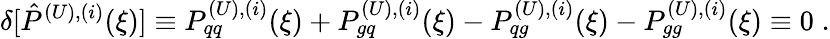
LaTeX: \delta[\hat{P}^{(U),(i)}(\xi)]\equiv P_{qq}^{(U),(i)}(\xi)+P_{gq}^{(U),(i)}(\xi)-P_{qg}^{(U),(i)}(\xi)-P_{gg}^{(U),(i)}(\xi)\equiv 0\; .